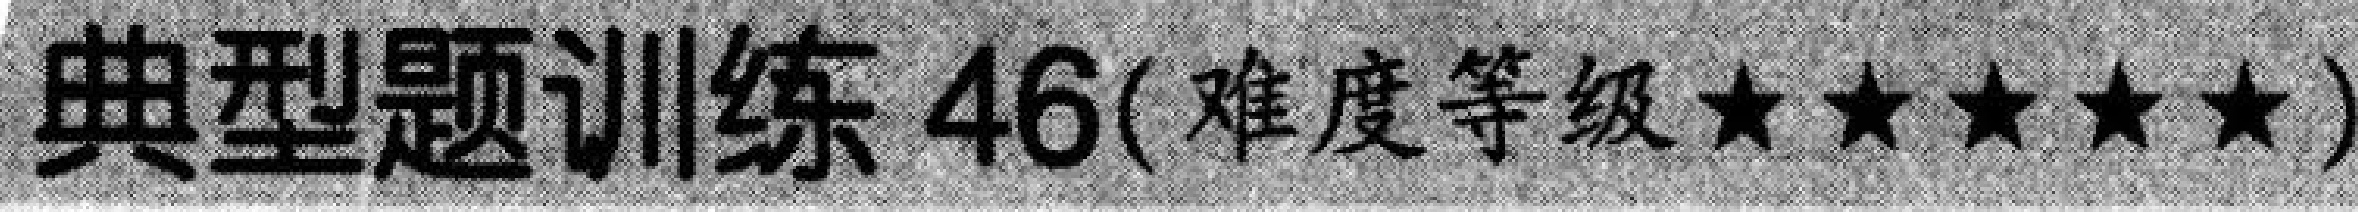
典型题训练 \(46\)(难度等级\(\star\star\star\star\star\))